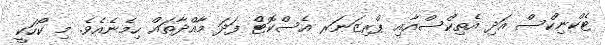
ޓެކްނިކްސް އަދި އެތިކްސްއާއި ޕްރިޒަނަރ އެސްކޮޓް ފަދަ މާއްދާތައް ހިމެނެއެވެ. މި ކޯހަކީ